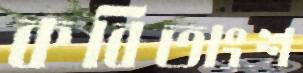
কবিতাংশ